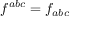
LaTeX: f ^ { a b c } = f _ { a b c }